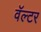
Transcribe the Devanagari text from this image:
वॅल्टर